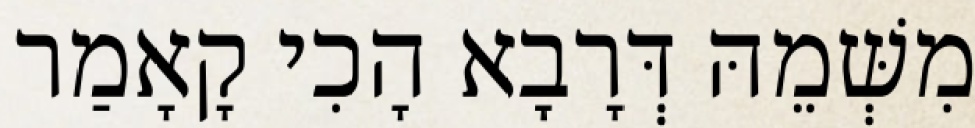
מִשְּׁמֵהּ דְּרָבָא הָכִי קָאָמַר